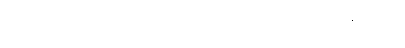
လက်ကိုင်ပဝါဖြင့် အောက်မျက်ခမ်းများကို သုတ်နေသည်။